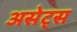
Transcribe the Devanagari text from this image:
असेट्स